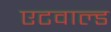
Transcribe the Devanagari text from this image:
एटवाल्ड